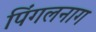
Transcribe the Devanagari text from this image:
पिंगलनाग